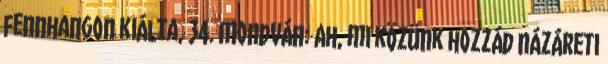
fennhangon kiálta, 34. Mondván: Ah, mi közünk hozzád názáreti